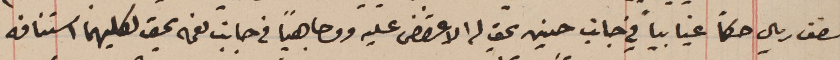
نصف ريال حكماً غيابياً في جانب حسين يحق له الاعتراض عليه ووجاهياً في جانب نعمه يحق لكليهما استنافه